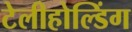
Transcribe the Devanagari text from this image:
टेलीहोल्डिंग